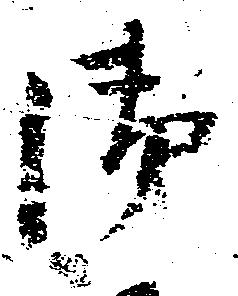
御